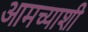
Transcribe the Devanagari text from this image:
आमच्याशी